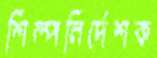
শিল্পনির্দেশক